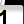
Digit: 1